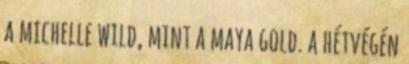
a michelle wild, mint a maya gold. a hétvégén